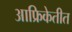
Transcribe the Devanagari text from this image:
आफ्रिकेतीत